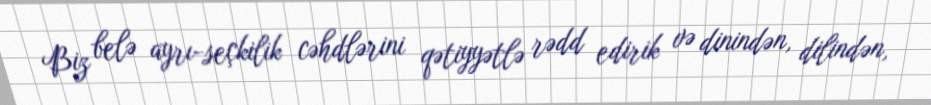
Biz belə ayrı-seçkilik cəhdlərini qətiyyətlə rədd edirik və dinindən, dilindən,